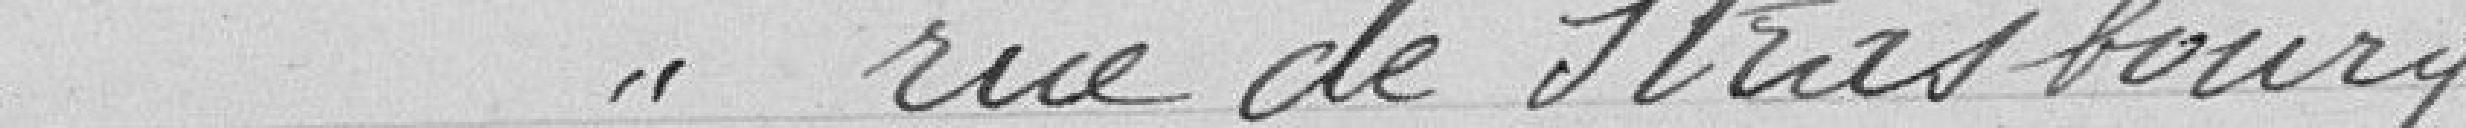
" rue de Strasbourg